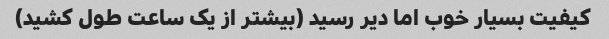
کیفیت بسیار خوب اما دیر رسید (بیشتر از یک ساعت طول کشید)